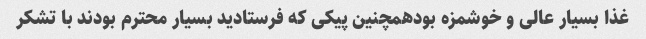
غذا بسیار عالی و خوشمزه بودهمچنین پیکی که فرستادید بسیار محترم بودند با تشکر